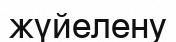
жүйелену